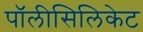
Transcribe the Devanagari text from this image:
पॉलीसिलिकेट